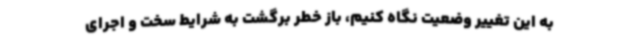
به این تغییر وضعیت نگاه کنیم، باز خطر برگشت به شرایط سخت و اجرای